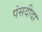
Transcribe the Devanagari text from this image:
पंसदीदा